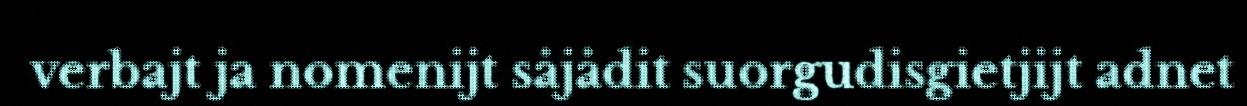
verbajt ja nomenijt såjådit suorgudisgietjijt adnet